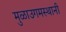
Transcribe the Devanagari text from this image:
मुळाउगमस्थानी